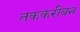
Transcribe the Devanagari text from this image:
तककरीबन